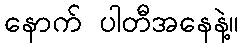
နောက် ပါတီအနေနဲ့။